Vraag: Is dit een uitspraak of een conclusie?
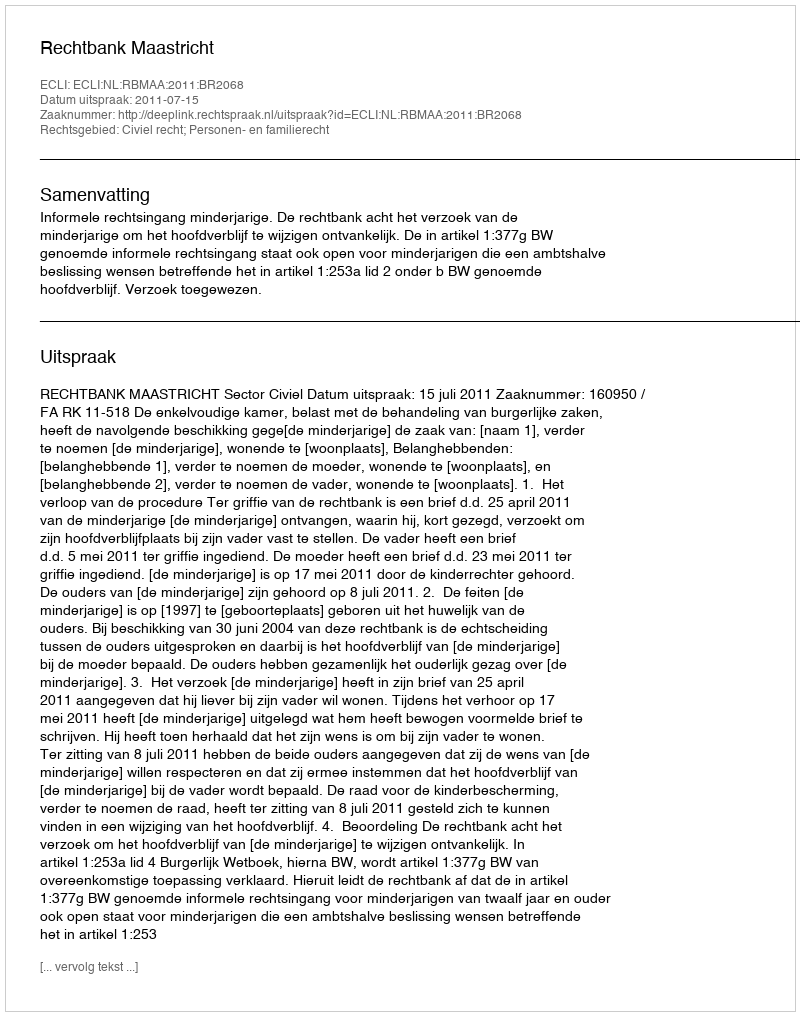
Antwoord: Uitspraak